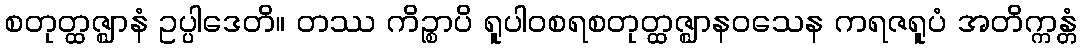
စတုတ္ထဇ္ဈာနံ ဥပ္ပါဒေတိ။ တဿ ကိဉ္စာပိ ရူပါဝစရစတုတ္ထဇ္ဈာနဝသေန ကရဇရူပံ အတိက္ကန္တံ